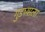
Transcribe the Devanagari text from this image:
गुडघ्याला